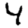
Digit: 4